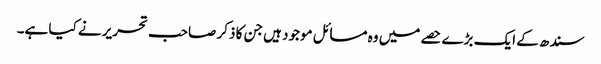
سندھ کے ایک بڑے حصے میں وہ مسائل موجود ہیں جن کا ذکر صاحب تحریر نے کیا ہے۔